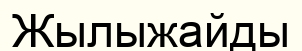
Жылыжайды